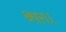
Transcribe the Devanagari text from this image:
आरा।